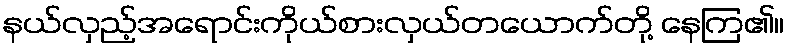
နယ်လှည့်အရောင်းကိုယ်စားလှယ်တယောက်တို့ နေကြ၏။